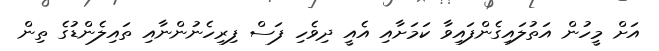
އަށް މީހުން އަތުލައިގެންފައިވާ ކަމަށާއި އެއީ ދިވެހި ފަސް ފިިރިހެނުންނާއި ތައިލެންޑުގެ ތިން